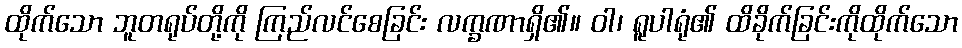
ထိုက်သော ဘူတရုပ်တို့ကို ကြည်လင်စေခြင်း လက္ခဏာရှိ၏။ ဝါ၊ ရူပါရုံ၏ ထိခိုက်ခြင်းကိုထိုက်သော